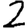
Digit: 2